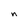
Character: n